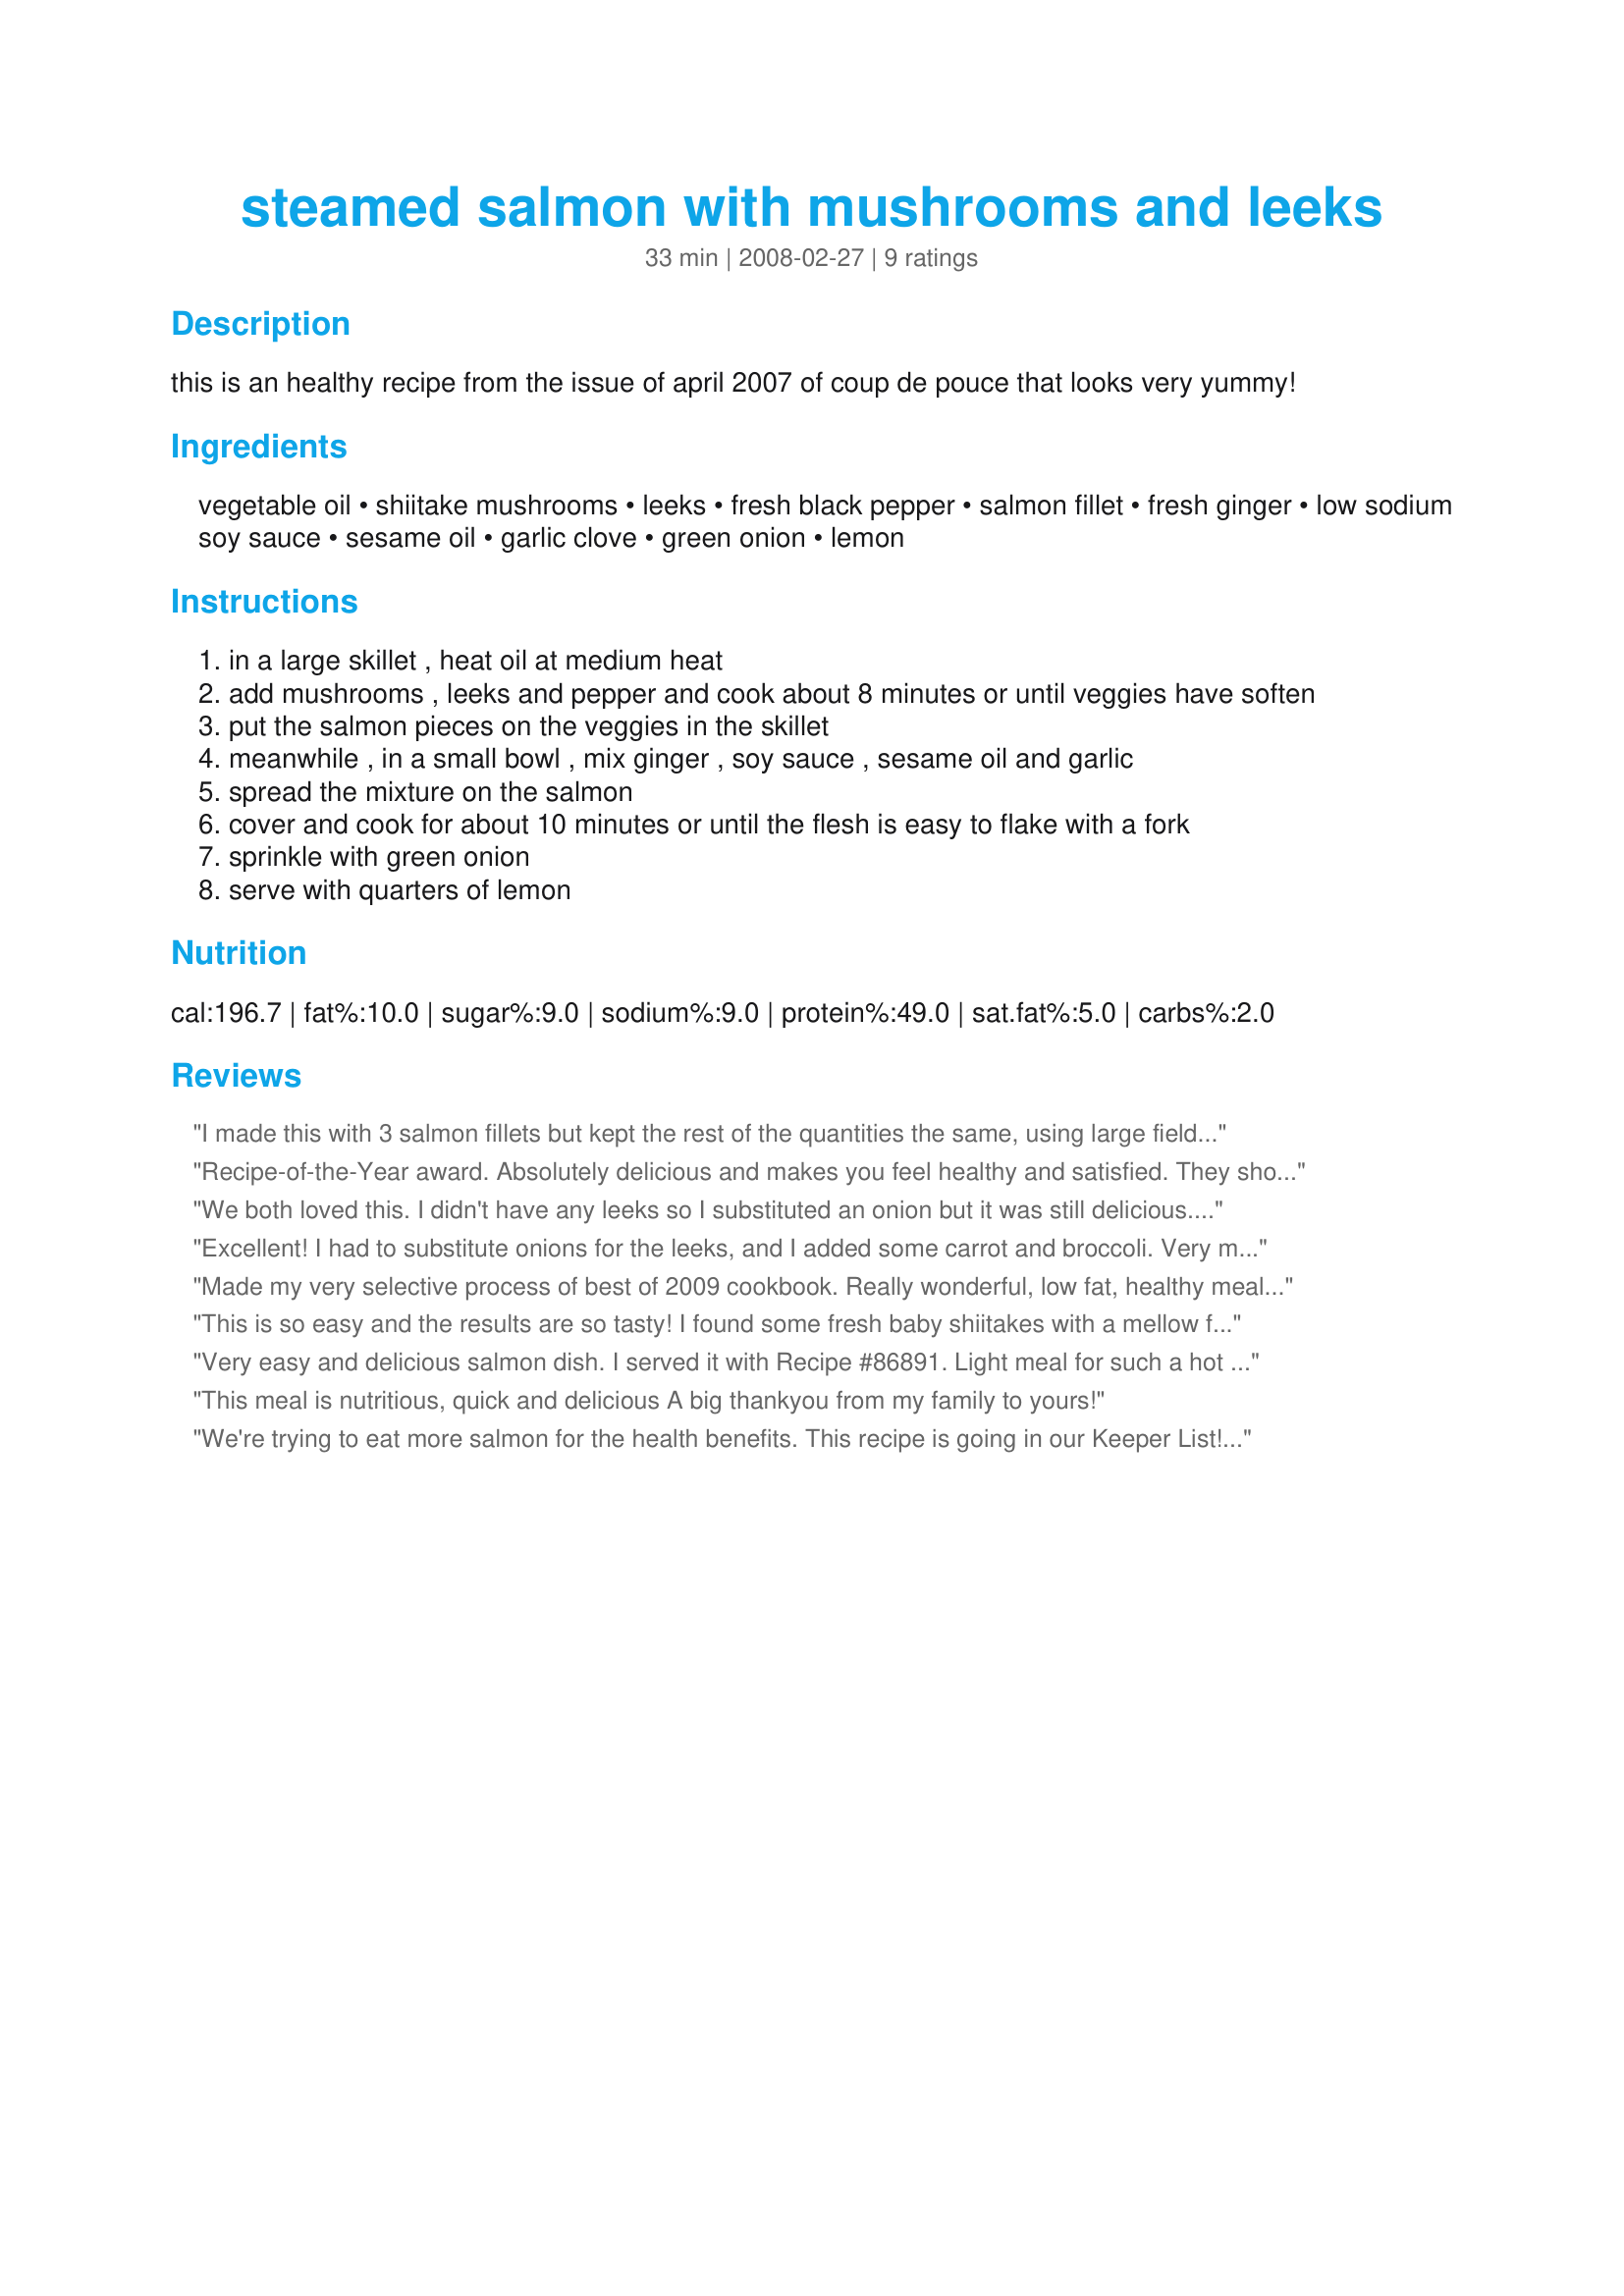
steamed salmon with mushrooms and leeks
Preparation time: 33 minutes

this is an healthy recipe from the issue of april 2007 of coup de pouce that looks very yummy!

Ingredients:
vegetable oil, shiitake mushrooms, leeks, fresh black pepper, salmon fillet, fresh ginger, low sodium soy sauce, sesame oil, garlic clove, green onion, lemon

Steps:
in a large skillet , heat oil at medium heat
add mushrooms , leeks and pepper and cook about 8 minutes or until veggies have soften
put the salmon pieces on the veggies in the skillet
meanwhile , in a small bowl , mix ginger , soy sauce , sesame oil and garlic
spread the mixture on the salmon
cover and cook for about 10 minutes or until the flesh is easy to flake with a fork
sprinkle with green onion
serve with quarters of lemon

Reviews:
I made this with 3 salmon fillets but kept the rest of the quantities the same, using large field mushrooms, 1 leek and 1 onion and it was delicious and thoroughly enjoyed by myself, the DM and the DS - just so quick and easy and all done in under 30 minutes including the steamed vegetable on the side. Thank you Boomette, made for ZAAR Stars tag game.
Recipe-of-the-Year award. Absolutely delicious and makes you feel healthy and satisfied. They should put it on the cover of Time magazine.
We both loved this. I didn't have any leeks so I substituted an onion but it was still delicious. Thank you for a quick healthy recipe.
Excellent! I had to substitute onions for the leeks, and I added some carrot and broccoli. Very mild tasting and easy to make.
Made my very selective process of best of 2009 cookbook. Really wonderful, low fat, healthy meal. I grated the ginger and just before adding the fish deglazed the pan with about one tablespoon of red wine. Superb. Served on roasted asparagus with sweet potatoes. First time to cook with shitake and they turned out wonderfully. I used whole, except cutting in half the larger ones.
This is so easy and the results are so tasty! I found some fresh baby shiitakes with a mellow flavor that complimented the leeks and salmon without overpowering, like some bigger shiitakes do. The liquid mixture is perfect! Thanks for a new way to enjoy salmon!
Very easy and delicious salmon dish. I served it with Recipe #86891. Light meal for such a hot day.
This meal is nutritious, quick and delicious
A big thankyou from my family to yours!
We're trying to eat more salmon for the health benefits. This recipe is going in our Keeper List! This was the first time I've cooked with leeks, didn't know what I was missing! I did use ginger paste that comes in a tube, other than that, just as posted. Thank you for a great recipe!
